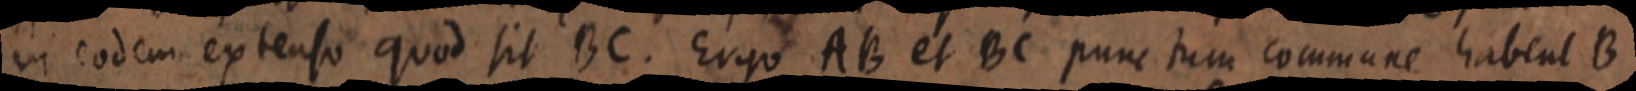
in eodem extenso quod sit BC. Ergo AB et BC punctum commune habent B